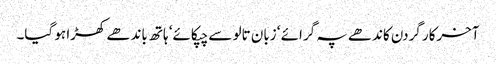
آخرکار گردن کاندھے پہ گرائے ‘ زبان تالو سے چپکائے‘ ہاتھ باندھے کھڑا ہو گیا۔